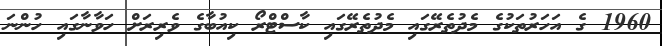
1960 ގެ އަހަރުތަކުގެ މެދުތެރޭގައި މެދުތެރޭގައި ކާސްޓްރޯ ކިއުބާގެ ވެރިރަށް ހަވާނާގައި ހުންނަ